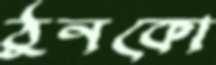
ঠুনকো